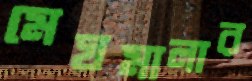
মেঘমালার